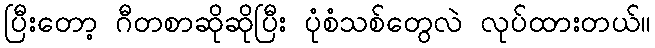
ပြီးတော့ ဂီတစာဆိုဆိုပြီး ပုံစံသစ်တွေလဲ လုပ်ထားတယ်။